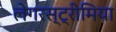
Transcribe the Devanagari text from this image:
लेगरस्ट्रीमिया